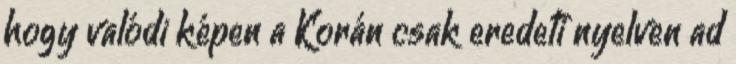
hogy valódi képen a Korán csak eredeti nyelven ad